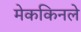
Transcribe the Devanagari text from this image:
मेककिनले